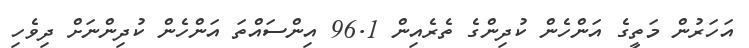
އަހަރުން މަތީގެ އަންހެން ކުދިންގެ ތެރެއިން 96.1 އިންސައްތަ އަންހެން ކުދިންނަށް ދިވެހި